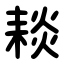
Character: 䎦